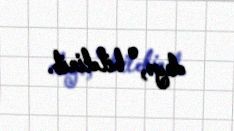
deyə, o bildirib.